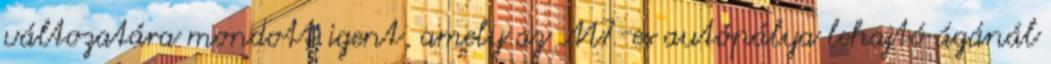
változatára mondott igent, amely az M7-es autópálya lehajtó ágánál